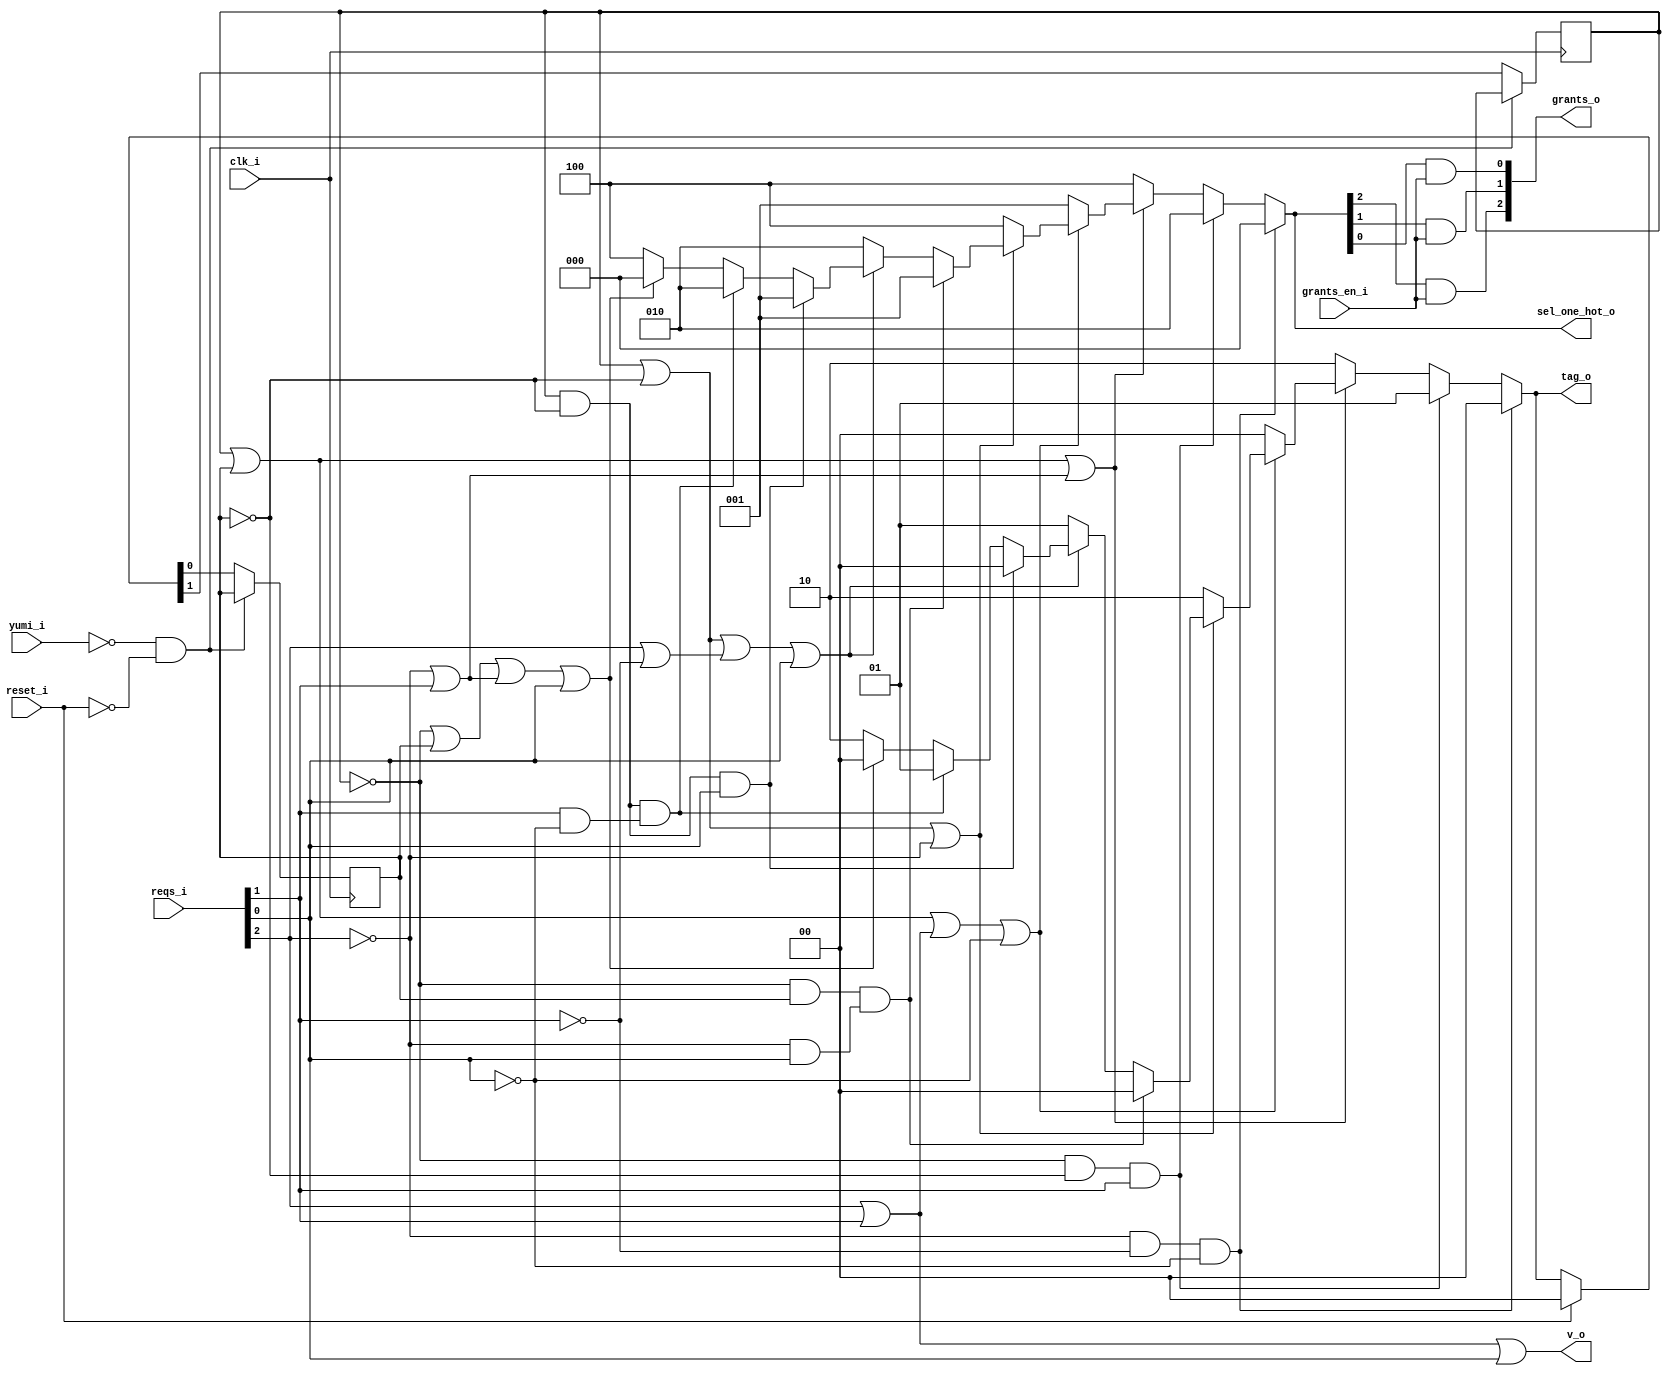
// This program was cloned from: https://github.com/NYU-MLDA/OpenABC
// License: BSD 3-Clause "New" or "Revised" License

module bsg_round_robin_arb_3
(
  clk_i,
  reset_i,
  grants_en_i,
  reqs_i,
  grants_o,
  sel_one_hot_o,
  v_o,
  tag_o,
  yumi_i
);

  input [2:0] reqs_i;
  output [2:0] grants_o;
  output [2:0] sel_one_hot_o;
  output [1:0] tag_o;
  input clk_i;
  input reset_i;
  input grants_en_i;
  input yumi_i;
  output v_o;
  wire [2:0] grants_o,sel_one_hot_o;
  wire [1:0] tag_o,last_r;
  wire v_o,N0,N1,N2,N3,N4,N5,N6,N7,N8,N9,N10,N11,N12,N13,N14,N15,N16,N17,N18,N19,N20,
  N21,N22,N23,N24,N25,N26,N27,N28,N29,N30,N31,N32,N33,N34,N35,N36,N37,N38,N39,N40,
  N41,N42,N43,N44,N45,N46,N47,N48,N49,N50,N51,N52,N53,N54,N55,N56,N57,N58,N59;
  reg last_r_1_sv2v_reg,last_r_0_sv2v_reg;
  assign last_r[1] = last_r_1_sv2v_reg;
  assign last_r[0] = last_r_0_sv2v_reg;
  assign N10 = N7 & N8;
  assign N11 = N10 & N9;
  assign N14 = N12 & N13;
  assign N15 = N14 & reqs_i[1];
  assign N16 = last_r[1] | last_r[0];
  assign N17 = N7 | reqs_i[1];
  assign N18 = N16 | N17;
  assign N20 = last_r[1] | last_r[0];
  assign N21 = reqs_i[2] | reqs_i[1];
  assign N22 = N20 | N21;
  assign N23 = N22 | N9;
  assign N25 = last_r[1] | N13;
  assign N26 = N25 | N7;
  assign N28 = N12 & last_r[0];
  assign N29 = N7 & reqs_i[0];
  assign N30 = N28 & N29;
  assign N31 = last_r[1] | N13;
  assign N32 = reqs_i[2] | N8;
  assign N33 = N31 | N32;
  assign N34 = N33 | reqs_i[0];
  assign N36 = last_r[1] & N13;
  assign N37 = N36 & reqs_i[0];
  assign N38 = last_r[1] & N13;
  assign N39 = reqs_i[1] & N9;
  assign N40 = N38 & N39;
  assign N41 = N12 | last_r[0];
  assign N42 = N41 | N17;
  assign N43 = N42 | reqs_i[0];
  assign N45 = last_r[1] & last_r[0];
  assign N46 = N45 & reqs_i[2];
  assign N47 = last_r[1] & last_r[0];
  assign N48 = N47 & reqs_i[0];
  assign N49 = last_r[1] & last_r[0];
  assign N50 = N49 & reqs_i[1];

  always @(posedge clk_i) begin
    if(N57) begin
      last_r_1_sv2v_reg <= N55;
    end 
  end


  always @(posedge clk_i) begin
    if(N57) begin
      last_r_0_sv2v_reg <= N54;
    end 
  end

  assign sel_one_hot_o = (N0)? { 1'b0, 1'b0, 1'b0 } : 
                         (N1)? { 1'b0, 1'b1, 1'b0 } : 
                         (N19)? { 1'b1, 1'b0, 1'b0 } : 
                         (N24)? { 1'b0, 1'b0, 1'b1 } : 
                         (N27)? { 1'b1, 1'b0, 1'b0 } : 
                         (N2)? { 1'b0, 1'b0, 1'b1 } : 
                         (N35)? { 1'b0, 1'b1, 1'b0 } : 
                         (N3)? { 1'b0, 1'b0, 1'b1 } : 
                         (N4)? { 1'b0, 1'b1, 1'b0 } : 
                         (N44)? { 1'b1, 1'b0, 1'b0 } : 1'b0;
  assign N0 = N11;
  assign N1 = N15;
  assign N2 = N30;
  assign N3 = N37;
  assign N4 = N40;
  assign tag_o = (N0)? { 1'b0, 1'b0 } : 
                 (N1)? { 1'b0, 1'b1 } : 
                 (N19)? { 1'b1, 1'b0 } : 
                 (N24)? { 1'b0, 1'b0 } : 
                 (N27)? { 1'b1, 1'b0 } : 
                 (N2)? { 1'b0, 1'b0 } : 
                 (N35)? { 1'b0, 1'b1 } : 
                 (N3)? { 1'b0, 1'b0 } : 
                 (N4)? { 1'b0, 1'b1 } : 
                 (N44)? { 1'b1, 1'b0 } : 
                 (N51)? { 1'b0, 1'b0 } : 1'b0;
  assign { N55, N54 } = (N5)? { 1'b0, 1'b0 } : 
                        (N6)? tag_o : 1'b0;
  assign N5 = reset_i;
  assign N6 = N53;
  assign N7 = ~reqs_i[2];
  assign N8 = ~reqs_i[1];
  assign N9 = ~reqs_i[0];
  assign N12 = ~last_r[1];
  assign N13 = ~last_r[0];
  assign N19 = ~N18;
  assign N24 = ~N23;
  assign N27 = ~N26;
  assign N35 = ~N34;
  assign N44 = ~N43;
  assign N51 = N46 | N58;
  assign N58 = N48 | N50;
  assign grants_o[2] = sel_one_hot_o[2] & grants_en_i;
  assign grants_o[1] = sel_one_hot_o[1] & grants_en_i;
  assign grants_o[0] = sel_one_hot_o[0] & grants_en_i;
  assign v_o = N59 | reqs_i[0];
  assign N59 = reqs_i[2] | reqs_i[1];
  assign N52 = ~yumi_i;
  assign N53 = ~reset_i;
  assign N56 = N52 & N53;
  assign N57 = ~N56;

endmodule